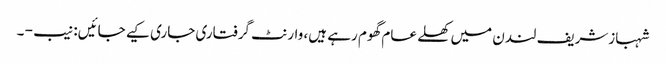
شہبازشریف لندن میں کھلے عام گھوم رہے ہیں، وارنٹ گرفتاری جاری کیے جائیں: نیب - ۔